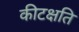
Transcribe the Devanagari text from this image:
कीटक्षति